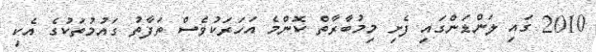
2010 ގައި ލަންޑަންގައި ފެށި މިމުބާރާތް ކޮންމެ އަހަރަކުވެސް ތަފާތު ގައުމުތަކުގެ އެކި